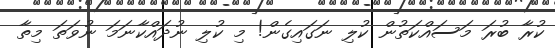
ކުރާ ބުރަ މަސައްކަތުން ކުލި ނަގައިގެން! މި ކުލި ނުދައްކާނަމަ ނުވަތަ މިތާ